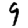
Digit: 9